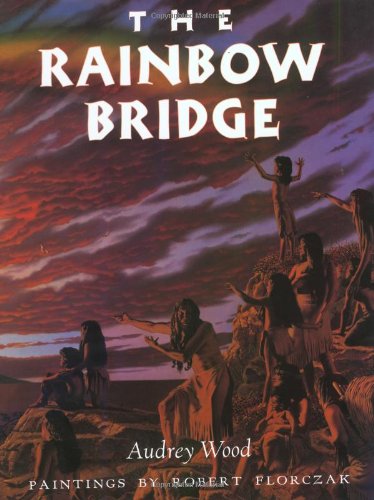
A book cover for The Rainbow Bridge; Audrey Wood; Children's Books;